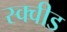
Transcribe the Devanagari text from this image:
स्क्वीड